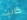
كانت